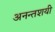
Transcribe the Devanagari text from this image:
अनन्तशयी